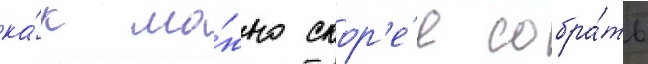
ка́к мо́жно скор'е́е собра́ть